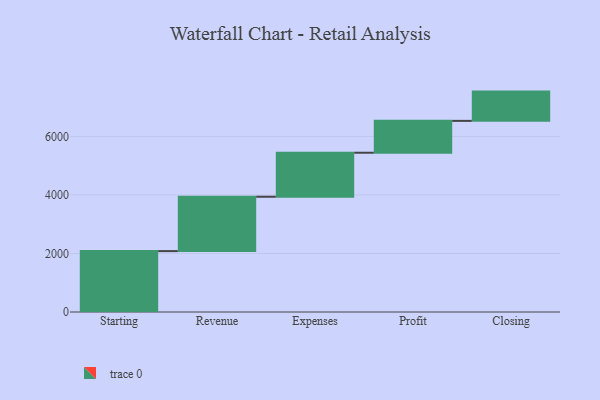
{"axis": {"x": "Step", "y": "Value"}, "legend": [""], "data": [{"x": "Starting", "y": 2080.0, "type": ""}, {"x": "Revenue", "y": 1858.0, "type": ""}, {"x": "Expenses", "y": 1503.0, "type": ""}, {"x": "Profit", "y": 1089.0, "type": ""}, {"x": "Closing", "y": 1000, "type": ""}]}